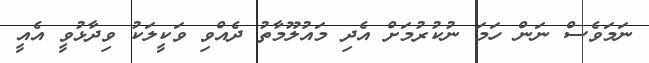
ނަމަވެސް ނަން ހަމަ ނުކުރުމަށް އެދި މައުލޫމާތު ދެއްވި ވަކީލަކު ވިދާޅުވީ އެއީ